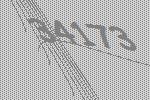
34173